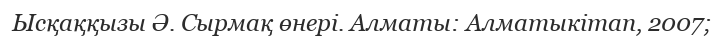
Ысқаққызы Ә. Сырмақ өнері. Алматы: Алматыкітап, 2007;